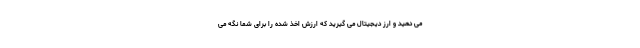
می دهید و ارز دیجیتال می گیرید که ارزش اخذ شده را برای شما نگه می